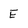
Character: E